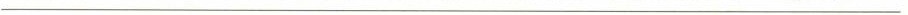
___